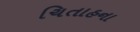
ચિતાહના